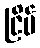
ငြိမ်